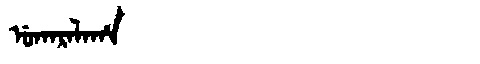
Manchu: ᡠᡴᠠᡵᠠᠯᠠᡥᠠ
Romanization: UKARALAHA